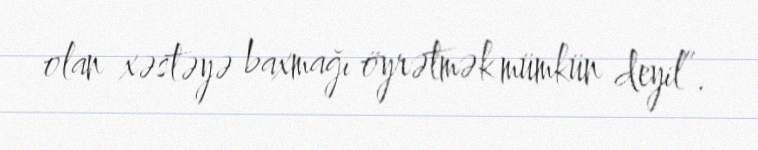
olan xəstəyə baxmağı öyrətmək mümkün deyil”.